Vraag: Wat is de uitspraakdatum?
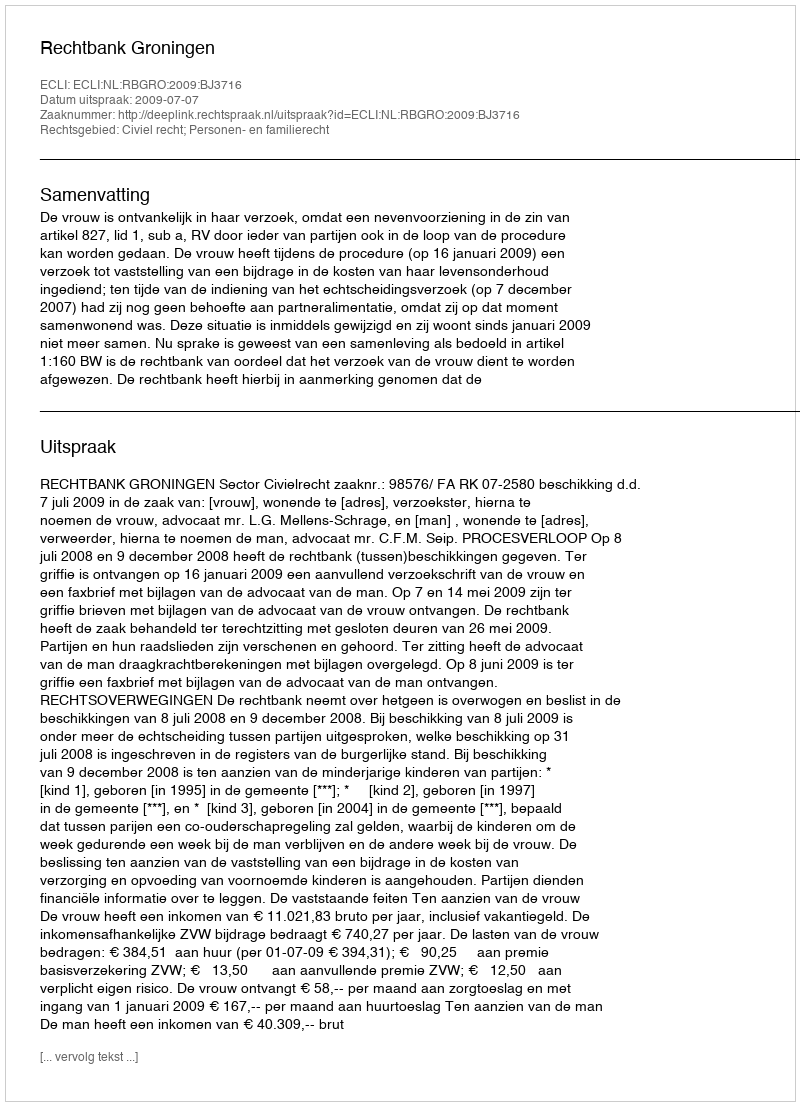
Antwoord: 2009-07-07